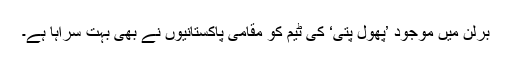
برلن میں موجود ’پھول پتی‘ کی ٹیم کو مقامی پاکستانیوں نے بھی بہت سراہا ہے۔